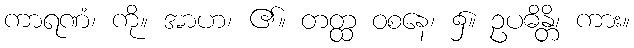
ကာရဏံ၊ ကို။ အာဟ၊ ၏။ တတ္ထ ဝစနေ၊ ၌။ ဥပဓိန္တိ၊ ကား။